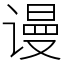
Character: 谩